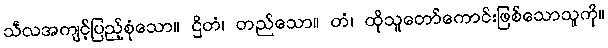
သီလအကျင့်ပြည့်စုံသော။ ဌိတံ၊ တည်သော။ တံ၊ ထိုသူတော်ကောင်းဖြစ်သောသူကို။